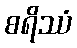
စရိဿံ